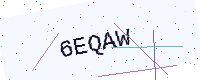
Text: 6EQAW